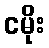
ငမိုး